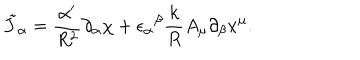
LaTeX: \tilde { J } _ { \alpha } = \frac { \alpha ^ { \prime } } { R ^ { 2 } } \partial _ { \alpha } \chi + { \epsilon _ { \alpha } } ^ { \beta } \frac { k } { R } A _ { \mu } \partial _ { \beta } x ^ { \mu } .